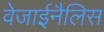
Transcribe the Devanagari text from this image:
वेजाईनैलिस